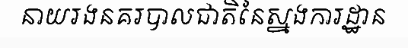
នាយរងនគរបាលជាតិនៃស្នងការដ្ឋាន